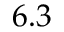
6 . 3